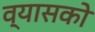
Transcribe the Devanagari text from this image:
व्यासको